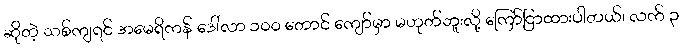
ဆိုတဲ့ သစ်ကျရင် အမေရိကန် ဒေါ်လာ ၁၀၀ တောင် ကျော်မှာ မဟုတ်ဘူးလို့ ကြော်ငြာထားပါတယ်၊ လက် ၃